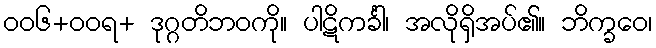
ဝဝ၆+ဝဝရ+ ဒုဂ္ဂတိဘဝကို။ ပါဋိကင်္ခါ၊ အလိုရှိအပ်၏။ ဘိက္ခဝေ၊